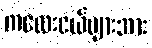
ကလေးငယ်များအား